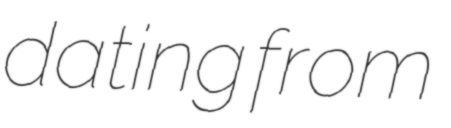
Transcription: dating from